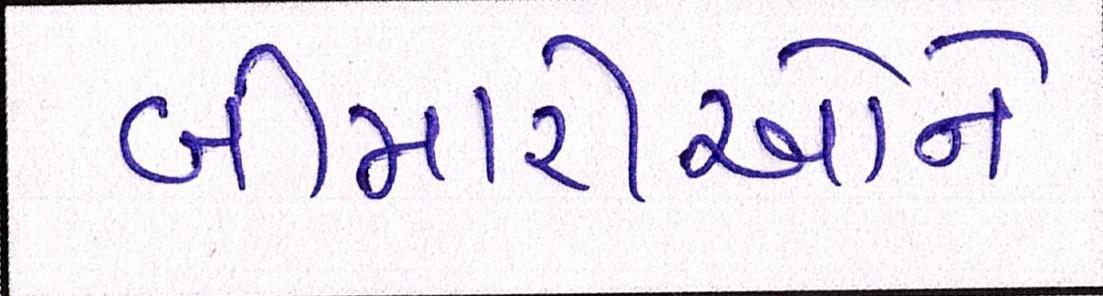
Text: બીમારીઓને